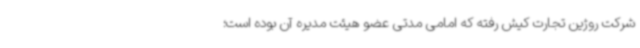
شرکت روژین تجارت کیش رفته که امامی مدتی عضو هیئت مدیره آن بوده است؛